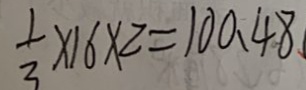
\frac { 1 } { 3 } \times 1 6 \times 2 = 1 0 0 . 4 8